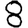
Digit: 8